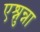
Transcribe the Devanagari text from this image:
एश्नुन्ना